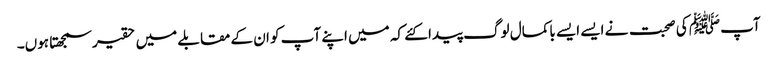
آپﷺ کی صحبت نے ایسے ایسے باکمال لوگ پیدا کئے کہ میں اپنے آپ کو ان کے مقابلے میں حقیر سمجھتا ہوں۔